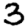
Digit: 3